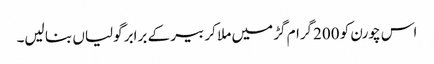
اس چورن کو 200گرام گڑ میں ملا کر بیر کے برابر گولیاں بنا لیں۔